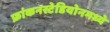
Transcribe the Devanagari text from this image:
फ्रांकनस्टेडियोनमध्ये